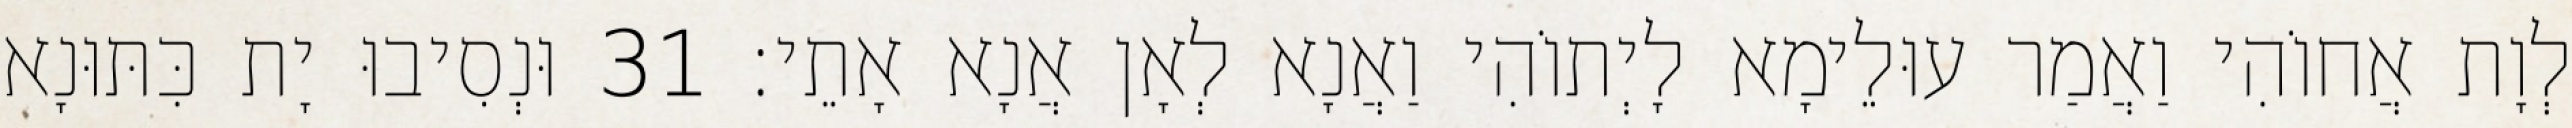
לְוָת אֲחוֹהִי וַאֲמַר עוּלֵימָא לָיְתוֹהִי וַאֲנָא לְאָן אֲנָא אָתֵי׃ 31 וּנְסִיבוּ יָת כִּתּוּנָא